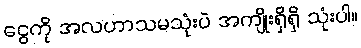
ငွေကို အလဟာသမသုံးပဲ အကျိုးရှိရှိ သုံးပါ။